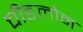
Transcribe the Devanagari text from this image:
चीङलोन